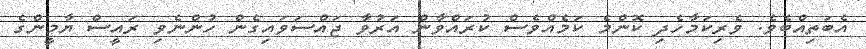
އެބަތިއްބެވެ. ވެރިކަމާހެދި ކޮންމެ ކަމެއްވެސް ކުރައްވާން އަރުވާ ޖައްސަވައިގެން ހުންނެވި ރައީސް ޔާމީންގެ